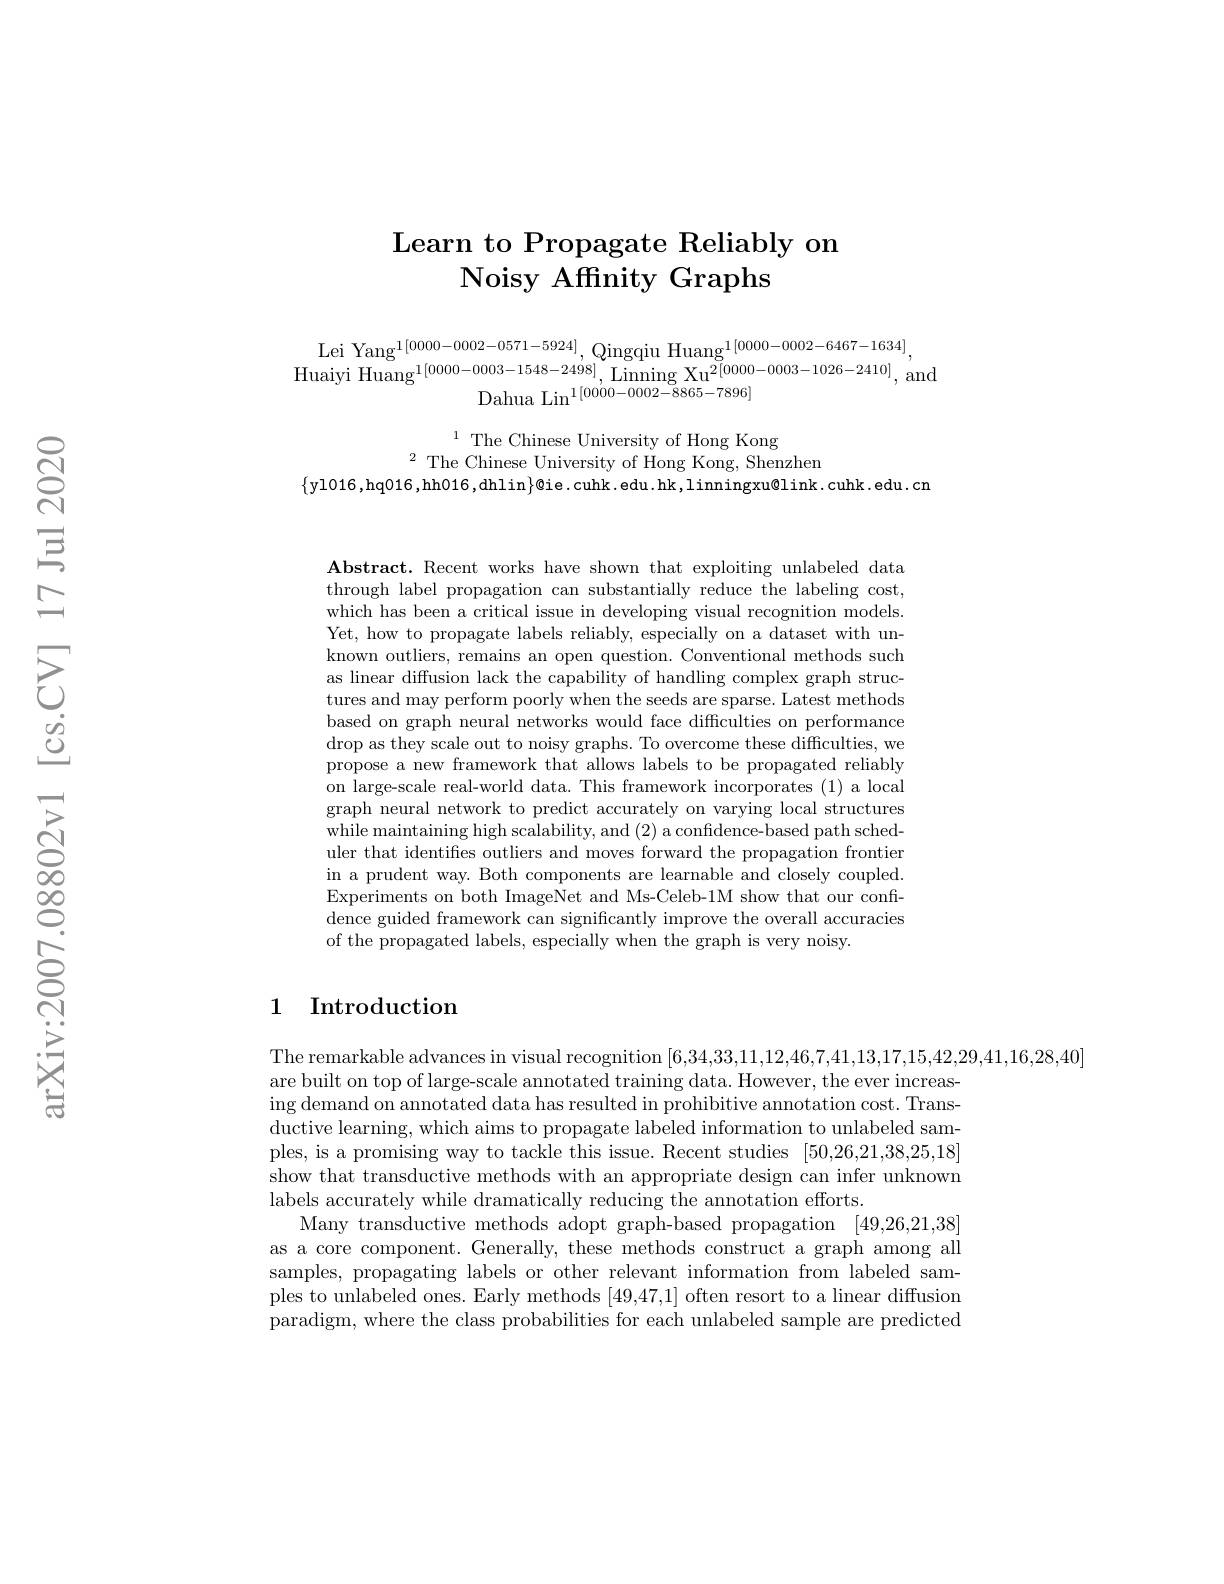
## Learn to Propagate Reliably on Noisy Affinity Graphs

Lei Yang$^1[0000-0002-0571-5924]$,Qingqiu Huang$^{1[0000-0002-6467-1634]}$,
$\mathrm{Huaiyi~Huang}^{1[0000-0003-1548-2498]},\mathrm{Linning~Xu}^{2[0000-0003-1026-2410]}$,and
$\mathrm{Dahua~Lin}^{1[0000-0002-8865-7896]}$

$^{1}$ The Chinese University of Hong Kong
$^{2}$ The Chinese University of Hong Kong, Shenzhen
$\{$yl016,hq016,hh016,dhlin$\}$@ie.cuhk.edu.hk,linningxu@link.cuhk.edu.cn

$\textbf{Abstract. Recent works have shown that exploiting unlabeled data}$ through label propagation can substantially reduce the labeling cost, which has been a critical issue in developing visual recognition models. Yet, how to propagate labels reliably, especially on a dataset with unknown outliers, remains an open question. Conventional methods such as linear diffusion lack the capability of handling complex graph structures and may perform poorly when the seeds are sparse. Latest methods based on graph neural networks would face difficulties on performance drop as they scale out to noisy graphs. To overcome these difficulties, we propose a new framework that allows labels to be propagated reliably on large-scale real-world data. This framework incorporates (1) a local graph neural network to predict accurately on varying local structures while maintaining high scalability, and (2) a confidence-based path scheduler that identifies outliers and moves forward the propagation frontier in a prudent way. Both components are learnable and closely coupled. Experiments on both ImageNet and Ms-Celeb-1M show that our confidence guided framework can significantly improve the overall accuracies of the propagated labels, especially when the graph is very noisy.

### 1 Introduction

The remarkable advances in visual recognition [6,34,33,11,12,46,7,41,13,17,15,42,29,41,16,28,40]
are built on top of large-scale annotated training data. However, the ever increasing demand on annotated data has resulted in prohibitive annotation cost. Transductive learning, which aims to propagate labeled information to unlabeled samples, is a promising way to tackle this issue. Recent studies [50,26,21,38,25,18] show that transductive methods with an appropriate design can infer unknown labels accurately while dramatically reducing the annotation efforts.
Many transductive methods adopt graph-based propagation [49,26,21,38] as a core component. Generally, these methods construct a graph among all samples, propagating labels or other relevant information from labeled samples to unlabeled ones. Early methods [49,47,1] often resort to a linear diffusion paradigm, where the class probabilities for each unlabeled sample are predicted